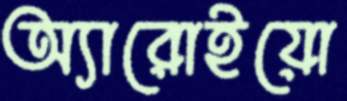
অ্যারোইয়ো